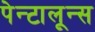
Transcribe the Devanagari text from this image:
पेन्टालून्स